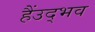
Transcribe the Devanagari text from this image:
हैंउद्भव